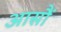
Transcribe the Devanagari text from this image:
आसौं